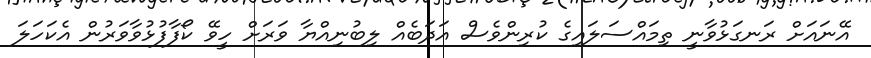
އޭނައަށް ރަނގަޅުވާނީ ތިމައްސަލައިގެ ކުރިންވެސް އަދަބެއް ލިބުނިއްޔާ ވަރަށް ހީވޭ ކޯފާފުޅުވާވަރުން އެކަހަލަ